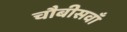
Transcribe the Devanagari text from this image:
चौबीसवाँ